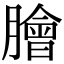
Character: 膾